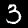
Label: 3